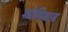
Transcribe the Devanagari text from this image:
शोसिडाड